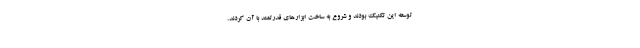
توسعه این تکنیک بودند و شروع به ساخت ابزارهای قدرتمند با آن کردند.